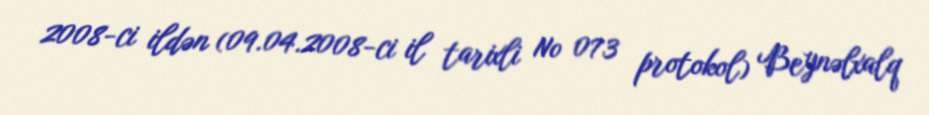
2008-ci ildən (09.04.2008-ci il tarixli № 073 protokol) Beynəlxalq